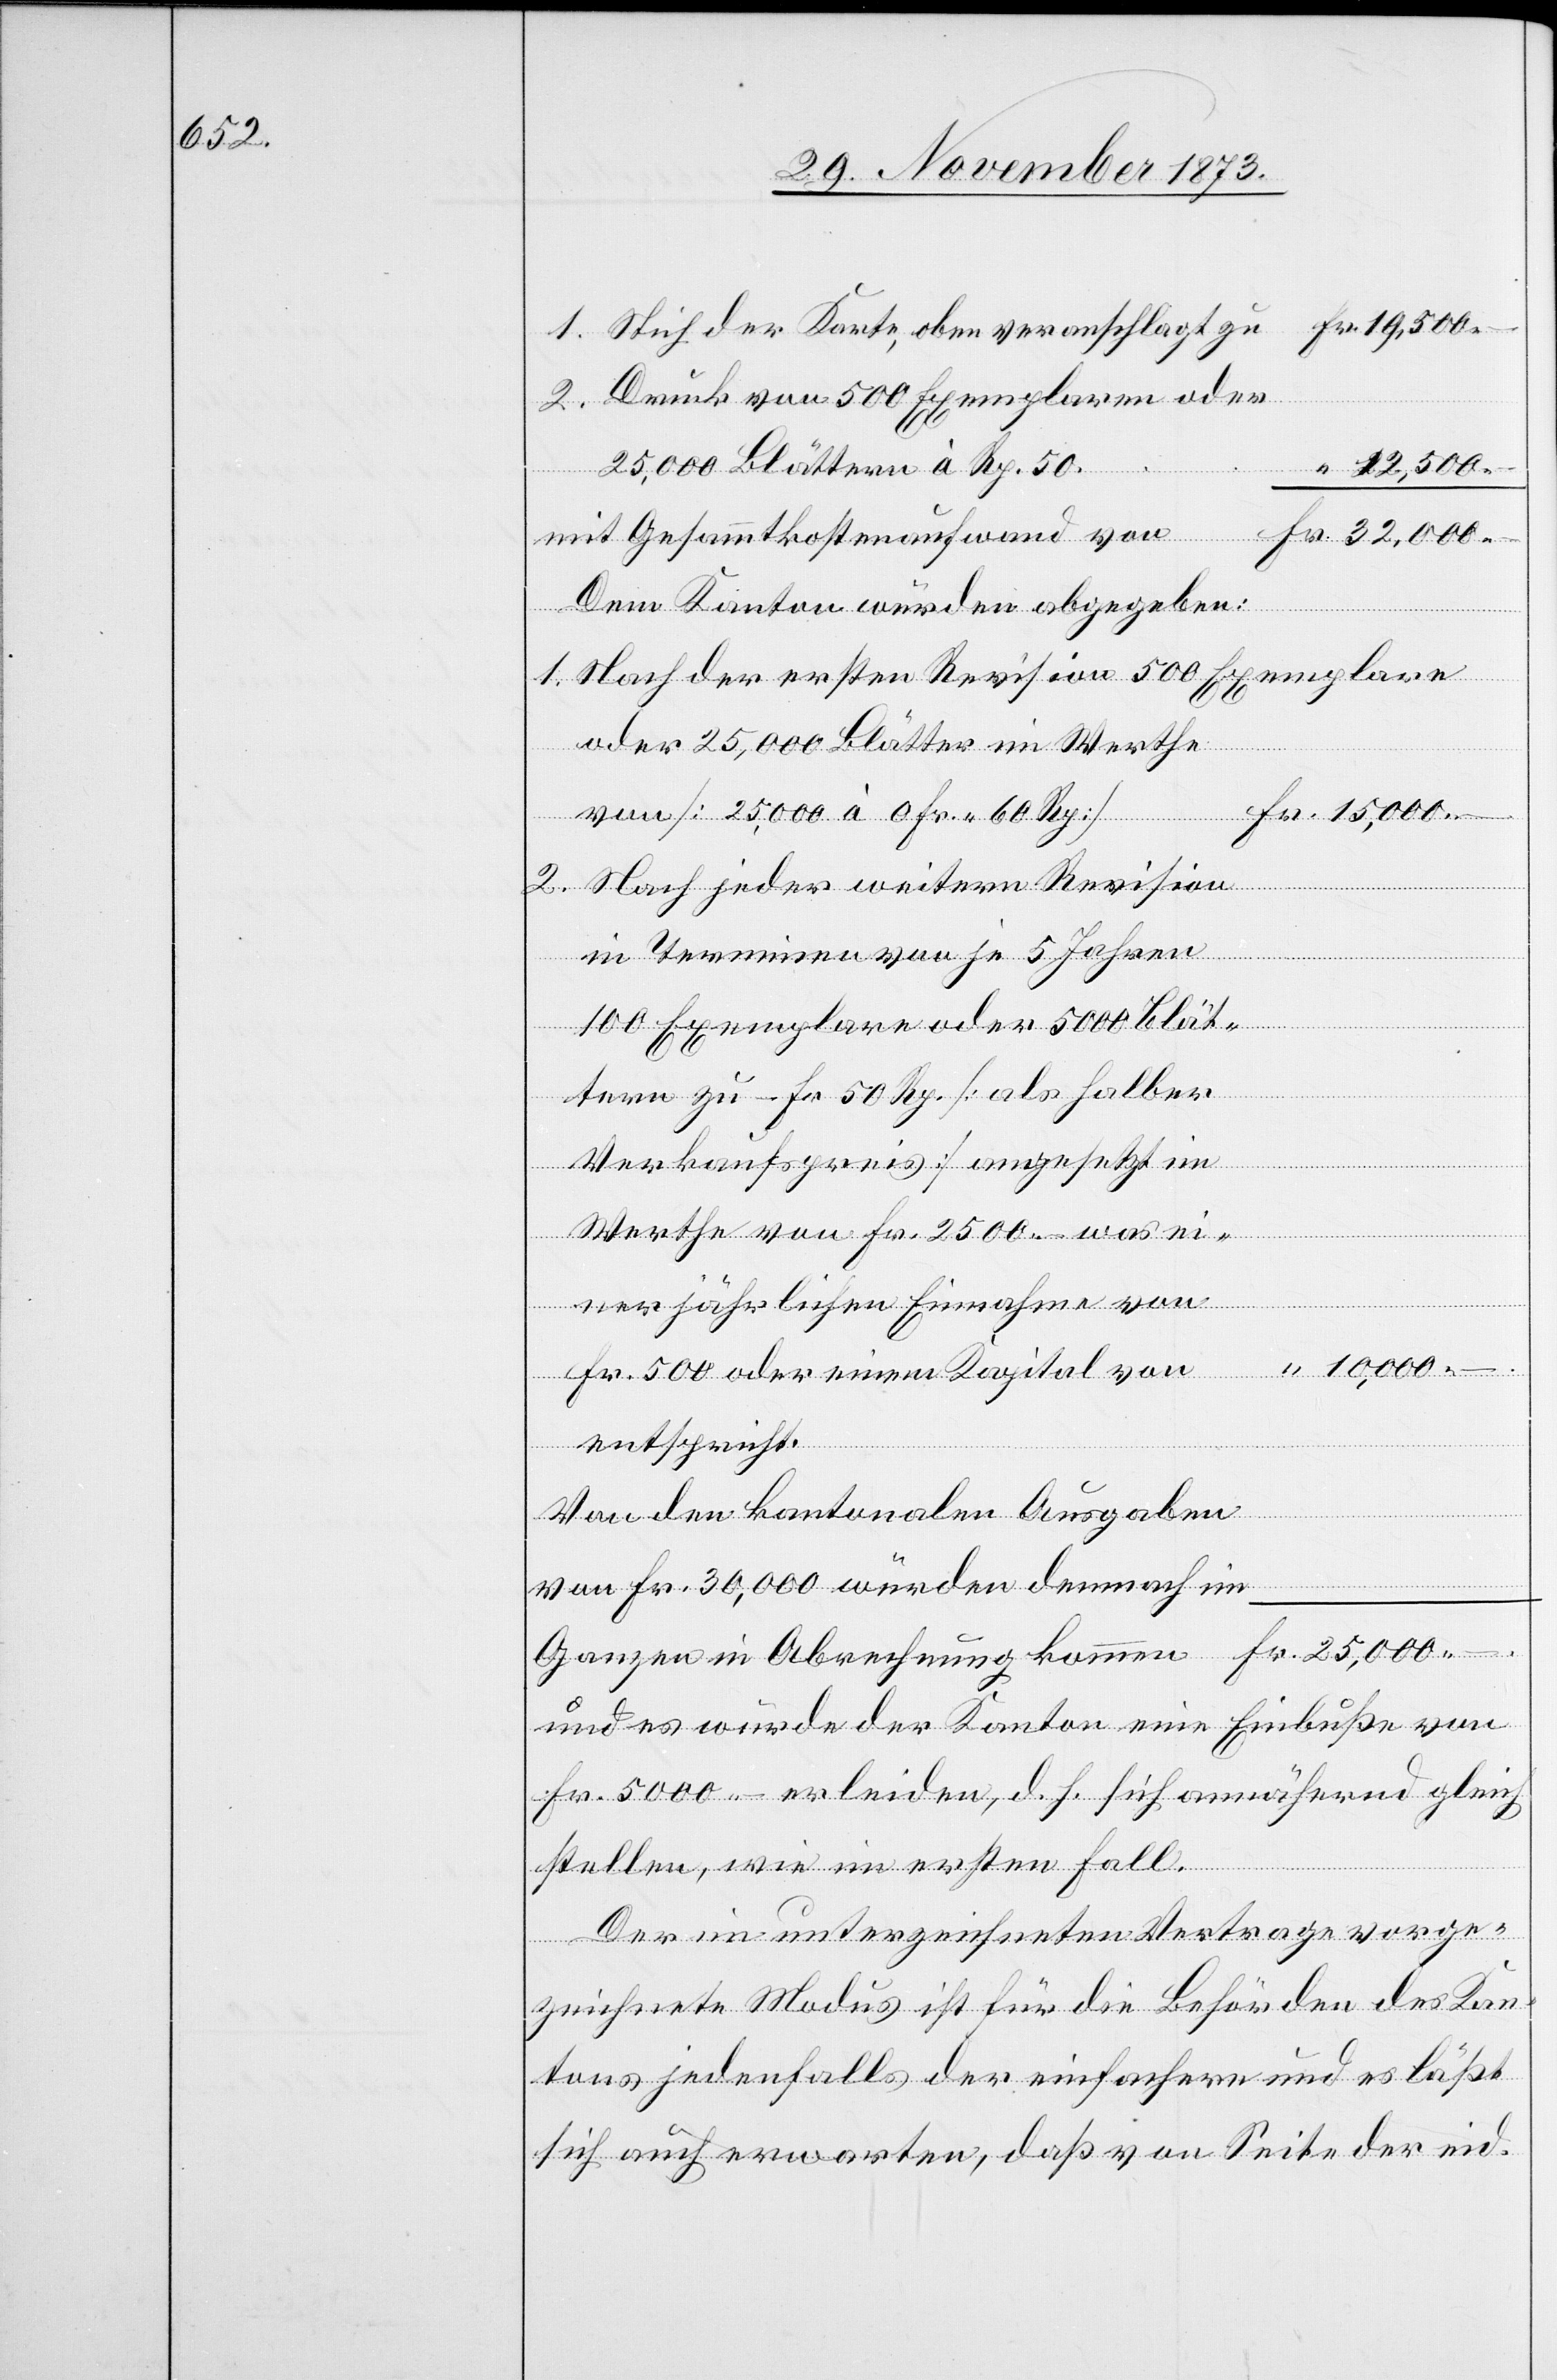
Stich der Karte, oben veranschlagt zu
Druck von 500 Exemplaren oder
32,000 –
25,000 Blättern à Rp. 50
–.
mit Gesammtkostenaufwand von
Dem Kanton würden abgegeben:
1.
Nach der ersten Revision 500 Exemplare
oder 25,000 Blätter im Werthe
von [25,000 à 0 Fr. 60 Rp.]
Nach jeder weitern Revision
in Terminen von je 5 Jahren
100 Exemplare oder 5 000 Blätt¬
ic!] zu – Fr. 50 Rp. [als halber
Verkaufspreis] angesetzt im
Werthe von Fr. 2 500 – was ei¬
ner jährlichen Einnahme von
10,000 –.
kommen
Fr. 500 oder einem Kapital von
entspricht.
2.
Von den kantonalen Ausgaben
von Fr. 30,000 würden demnach im
und es würde der Kanton eine Einbuße von
Fr. 5 000 – erleiden, d. h. sich annähernd gleich
stellen, wie im ersten Fall.
Der im unterzeichneten Vertrage vorge¬
zeichnete Modus ist für die Behörden des Kan¬
tons jedenfalls der einfachere und es läßt
sich auch erwarten, daß von Seite der eid.